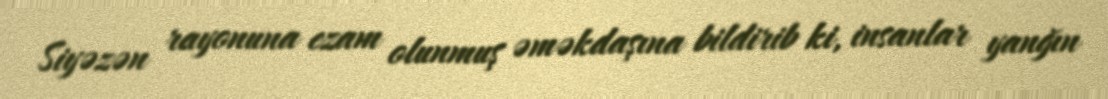
Siyəzən rayonuna ezam olunmuş əməkdaşına bildirib ki, insanlar yanğın